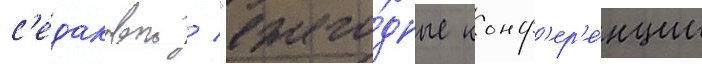
с'едаковои / "ежего́дные конф'ер'е́нции